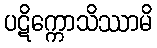
ပဋိက္ကောသိဿာမိ